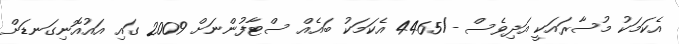
އެކަމަކު މުސާރައަކީ އަދިވެސް -/4465 އެކަމަކު ބައެއް ސްޓާފުންނަށް 2009 ގައި އައުއޮނިގަނޑަށް